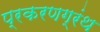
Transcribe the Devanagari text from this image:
प्रकरणग्रंथ